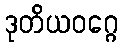
ဒုတိယဝဂ္ဂေ